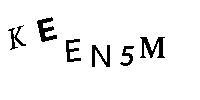
KEEN5M